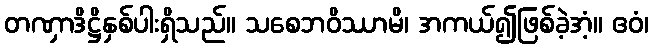
တဏှာဒိဋ္ဌိနှစ်ပါးရှိသည်။ သစေဘဝိဿာမိ၊ အကယ်၍ဖြစ်ခဲ့အံ့။ ဧဝံ၊